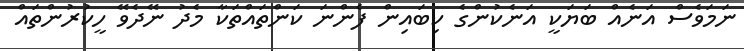
ނަމަވެސް އަނެއް ބަޔަކީ އަނެކުންގެ ކިބައިން ފެންނަ ކަންތައްތަކާ މެދު ނޭދެވޭ ހީކުރުންތައް